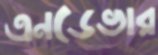
এনডেভার